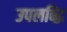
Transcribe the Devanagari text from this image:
उपलब्द्धि